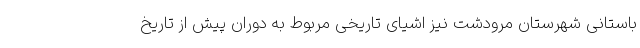
باستانی شهرستان مرودشت نیز اشیای تاریخی مربوط به دوران پیش از تاریخ